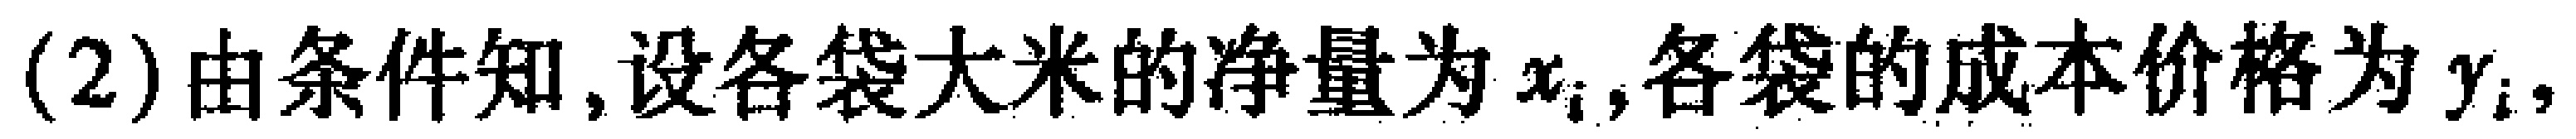
(2)由条件知,设各袋大米的净量为$x_{i}$,各袋的成本价格为$y_{i}$,